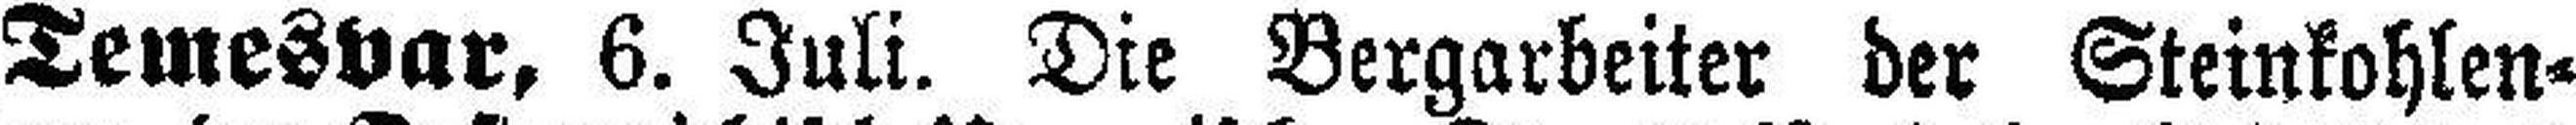
Temesvar, 6. Juli. Die Bergarbeiter der Steinkohlen¬